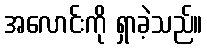
အလောင်းကို ရှာခဲ့သည်။